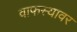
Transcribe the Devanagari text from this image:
वाफस्यावर